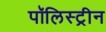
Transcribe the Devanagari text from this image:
पॉलिस्ट्रीन